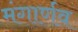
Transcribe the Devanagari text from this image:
मंगार्णव